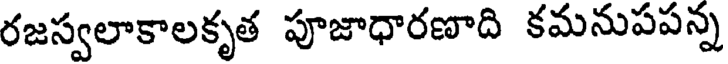
రజస్వలాకాలకృత పూజాధారణాది కమనుపపన్న